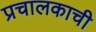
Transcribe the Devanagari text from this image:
प्रचालकाची